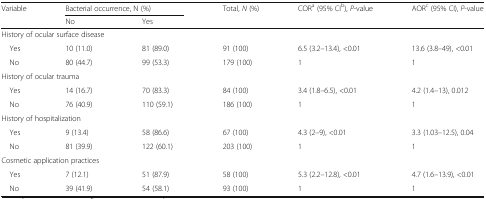
<table><thead><tr><td rowspan="2"><b>Variable</b></td><td colspan="2"><b>Bacterial occurrence, N (%)</b></td><td rowspan="2"><b>Total, <i>N</i> (%)</b></td><td rowspan="2"><b>COR<sup>a</sup> (95% CI<sup>b</sup>), <i>P</i>-value</b></td><td rowspan="2"><b>AOR<sup>c</sup> (95% CI), <i>P</i>-value</b></td></tr><tr><td><b>No</b></td><td><b>Yes</b></td></tr></thead><tbody><tr><td colspan="6">History of ocular surface disease</td></tr><tr><td> Yes</td><td>10 (11.0)</td><td>81 (89.0)</td><td>91 (100)</td><td>6.5 (3.2–13.4), &lt;0.01</td><td>13.6 (3.8–49), &lt;0.01</td></tr><tr><td> No</td><td>80 (44.7)</td><td>99 (53.3)</td><td>179 (100)</td><td>1</td><td>1</td></tr><tr><td colspan="6">History of ocular trauma</td></tr><tr><td> Yes</td><td>14 (16.7)</td><td>70 (83.3)</td><td>84 (100)</td><td>3.4 (1.8–6.5), &lt;0.01</td><td>4.2 (1.4–13), 0.012</td></tr><tr><td> No</td><td>76 (40.9)</td><td>110 (59.1)</td><td>186 (100)</td><td>1</td><td>1</td></tr><tr><td colspan="6">History of hospitalization</td></tr><tr><td> Yes</td><td>9 (13.4)</td><td>58 (86.6)</td><td>67 (100)</td><td>4.3 (2–9), &lt;0.01</td><td>3.3 (1.03–12.5), 0.04</td></tr><tr><td> No</td><td>81 (39.9)</td><td>122 (60.1)</td><td>203 (100)</td><td>1</td><td>1</td></tr><tr><td colspan="6">Cosmetic application practices</td></tr><tr><td> Yes</td><td>7 (12.1)</td><td>51 (87.9)</td><td>58 (100)</td><td>5.3 (2.2–12.8), &lt;0.01</td><td>4.7 (1.6–13.9), &lt;0.01</td></tr><tr><td> No</td><td>39 (41.9)</td><td>54 (58.1)</td><td>93 (100)</td><td>1</td><td>1</td></tr></tbody></table>